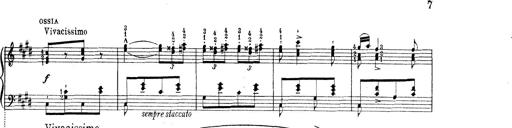
Title: Le rossignol
Composer: Franz Liszt